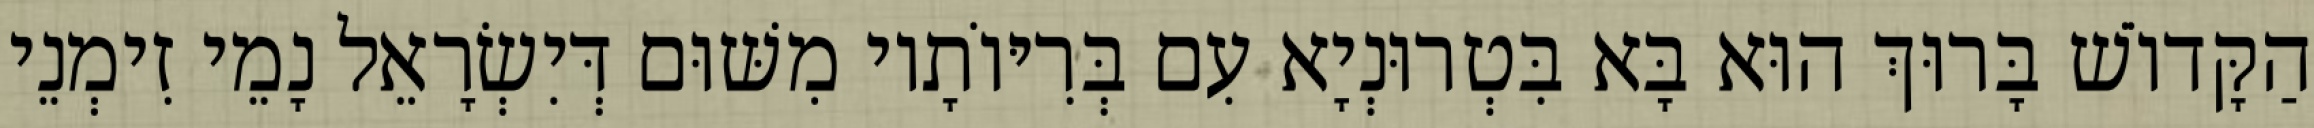
הַקָּדוֹשׁ בָּרוּךְ הוּא בָּא בִּטְרוּנְיָא עִם בְּרִיּוֹתָיו מִשּׁוּם דְּיִשְׂרָאֵל נָמֵי זִימְנֵי